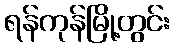
ရန်ကုန်မြို့တွင်း